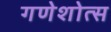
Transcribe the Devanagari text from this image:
गणेशोत्स